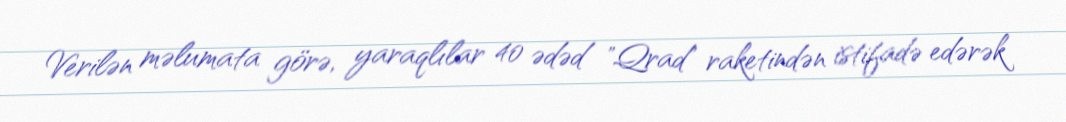
Verilən məlumata görə, yaraqlılar 40 ədəd "Qrad" raketindən istifadə edərək